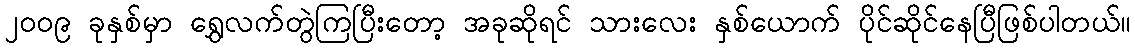
၂၀၀၉ ခုနှစ်မှာ ရွှေလက်တွဲကြပြီးတော့ အခုဆိုရင် သားလေး နှစ်ယောက် ပိုင်ဆိုင်နေပြီဖြစ်ပါတယ်။